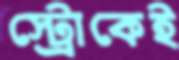
স্ট্রোকেই